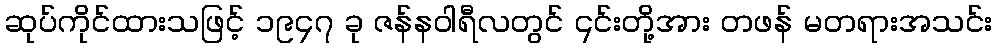
ဆုပ်ကိုင်ထားသဖြင့် ၁၉၄၇ ခု ဇန်နဝါရီလတွင် ၎င်းတို့အား တဖန် မတရားအသင်း